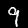
Digit: 9